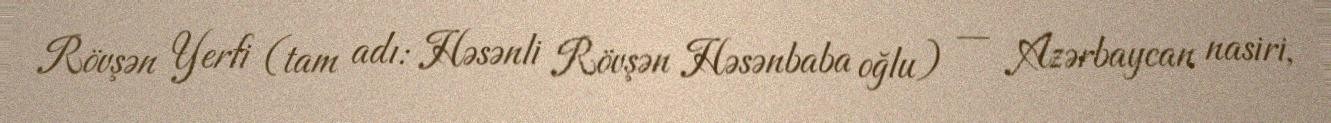
Rövşən Yerfi (tam adı: Həsənli Rövşən Həsənbaba oğlu) — Azərbaycan nasiri,